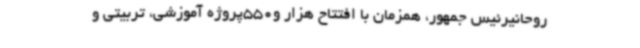
روحانیرئیس جمهور، همزمان با افتتاح هزار و550پروژه آموزشی، تربیتی و